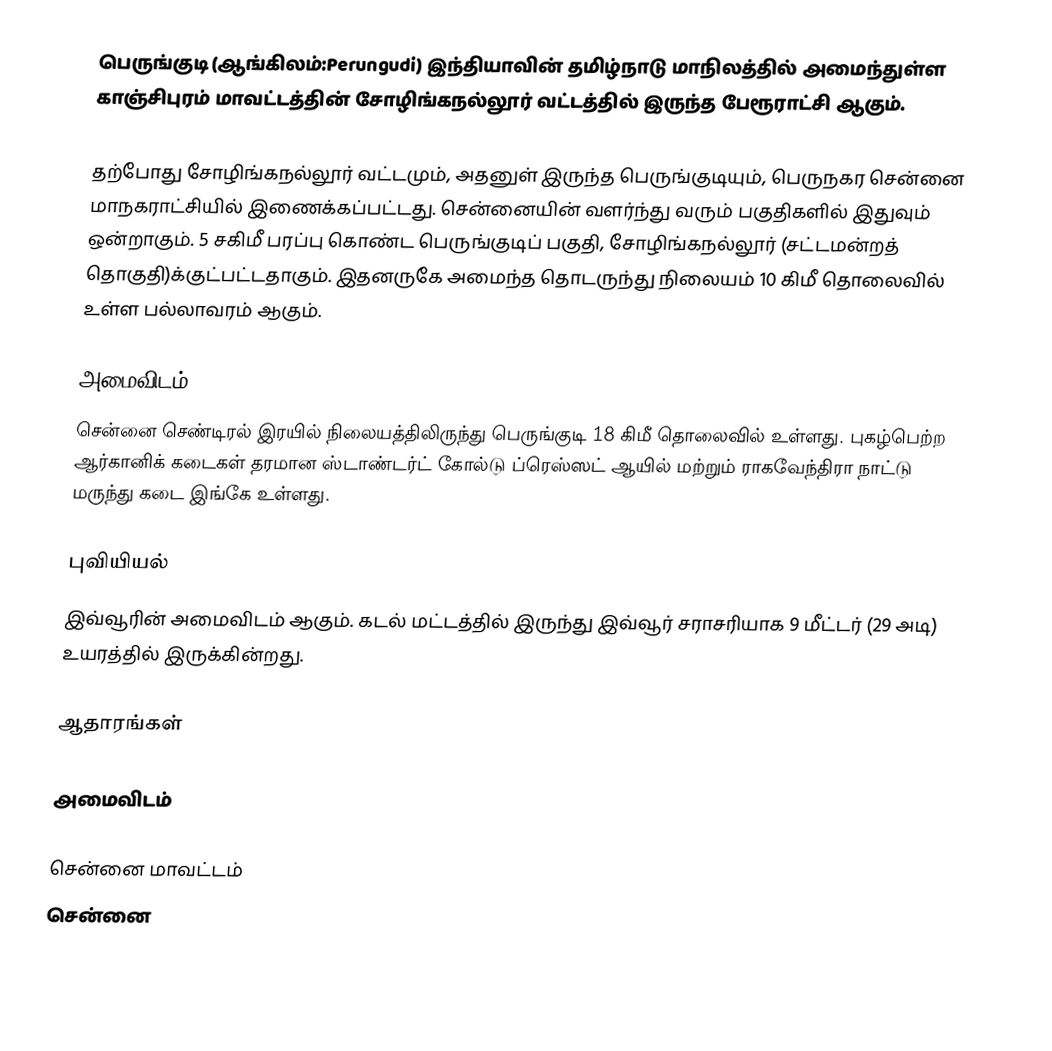
பெருங்குடி (ஆங்கிலம்:Perungudi) இந்தியாவின் தமிழ்நாடு மாநிலத்தில் அமைந்துள்ள காஞ்சிபுரம் மாவட்டத்தின் சோழிங்கநல்லூர் வட்டத்தில் இருந்த பேரூராட்சி ஆகும்.

தற்போது சோழிங்கநல்லூர் வட்டமும், அதனுள் இருந்த பெருங்குடியும், பெருநகர சென்னை மாநகராட்சியில் இணைக்கப்பட்டது.  சென்னையின் வளர்ந்து வரும் பகுதிகளில் இதுவும் ஒன்றாகும். 5 சகிமீ பரப்பு கொண்ட பெருங்குடிப் பகுதி, சோழிங்கநல்லூர் (சட்டமன்றத் தொகுதி)க்குட்பட்டதாகும். இதனருகே அமைந்த தொடருந்து நிலையம் 10 கிமீ தொலைவில் உள்ள பல்லாவரம் ஆகும்.

அமைவிடம்
சென்னை செண்டிரல் இரயில் நிலையத்திலிருந்து பெருங்குடி 18 கிமீ தொலைவில் உள்ளது. புகழ்பெற்ற ஆர்கானிக் கடைகள் தரமான ஸ்டாண்டர்ட் கோல்டு ப்ரெஸ்ஸட் ஆயில் மற்றும் ராகவேந்திரா நாட்டு மருந்து கடை இங்கே உள்ளது.

புவியியல்
இவ்வூரின் அமைவிடம்  ஆகும். கடல் மட்டத்தில் இருந்து இவ்வூர் சராசரியாக 9 மீட்டர் (29 அடி) உயரத்தில் இருக்கின்றது.

ஆதாரங்கள்

அமைவிடம்

சென்னை மாவட்டம்
சென்னை